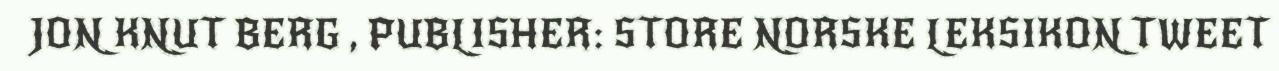
JON KNUT BERG , PUBLISHER: STORE NORSKE LEKSIKON TWEET